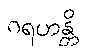
ဂရဟန္တိ